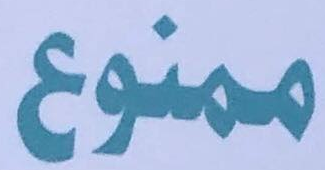
ممنوع